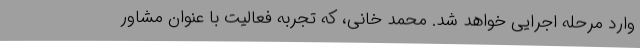
وارد مرحله اجرایی خواهد شد. محمد خانی، که تجربه فعالیت با عنوان مشاور